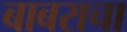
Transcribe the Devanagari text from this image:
बाबराचा